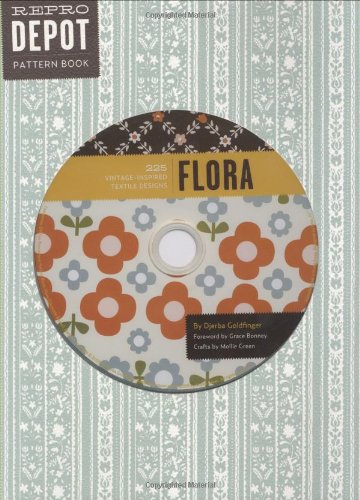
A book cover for Reprodepot Pattern Book: Flora: 225 Vintage-Inspired Textile Designs (Reprodepot's Pattern Book); Djerba Goldfinger; Crafts, Hobbies & Home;